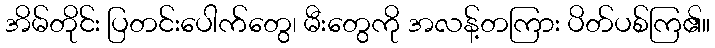
အိမ်တိုင်း ပြတင်းပေါက်တွေ၊ မီးတွေကို အလန့်တကြား ပိတ်ပစ်ကြ၏။